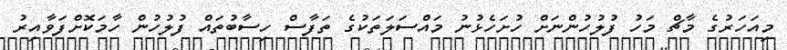
މިއަހަރުގެ މާޗް މަހު ފުލުހުންނަށް ހުށަހެޅުނު މައްސަލަތަކުގެ ތަފާސް ހިސާބުތައް ފުލުހުން ހާމަކޮށްފަވާއިރު